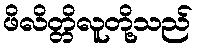
ဖိလိတ္တိလူတို့သည်